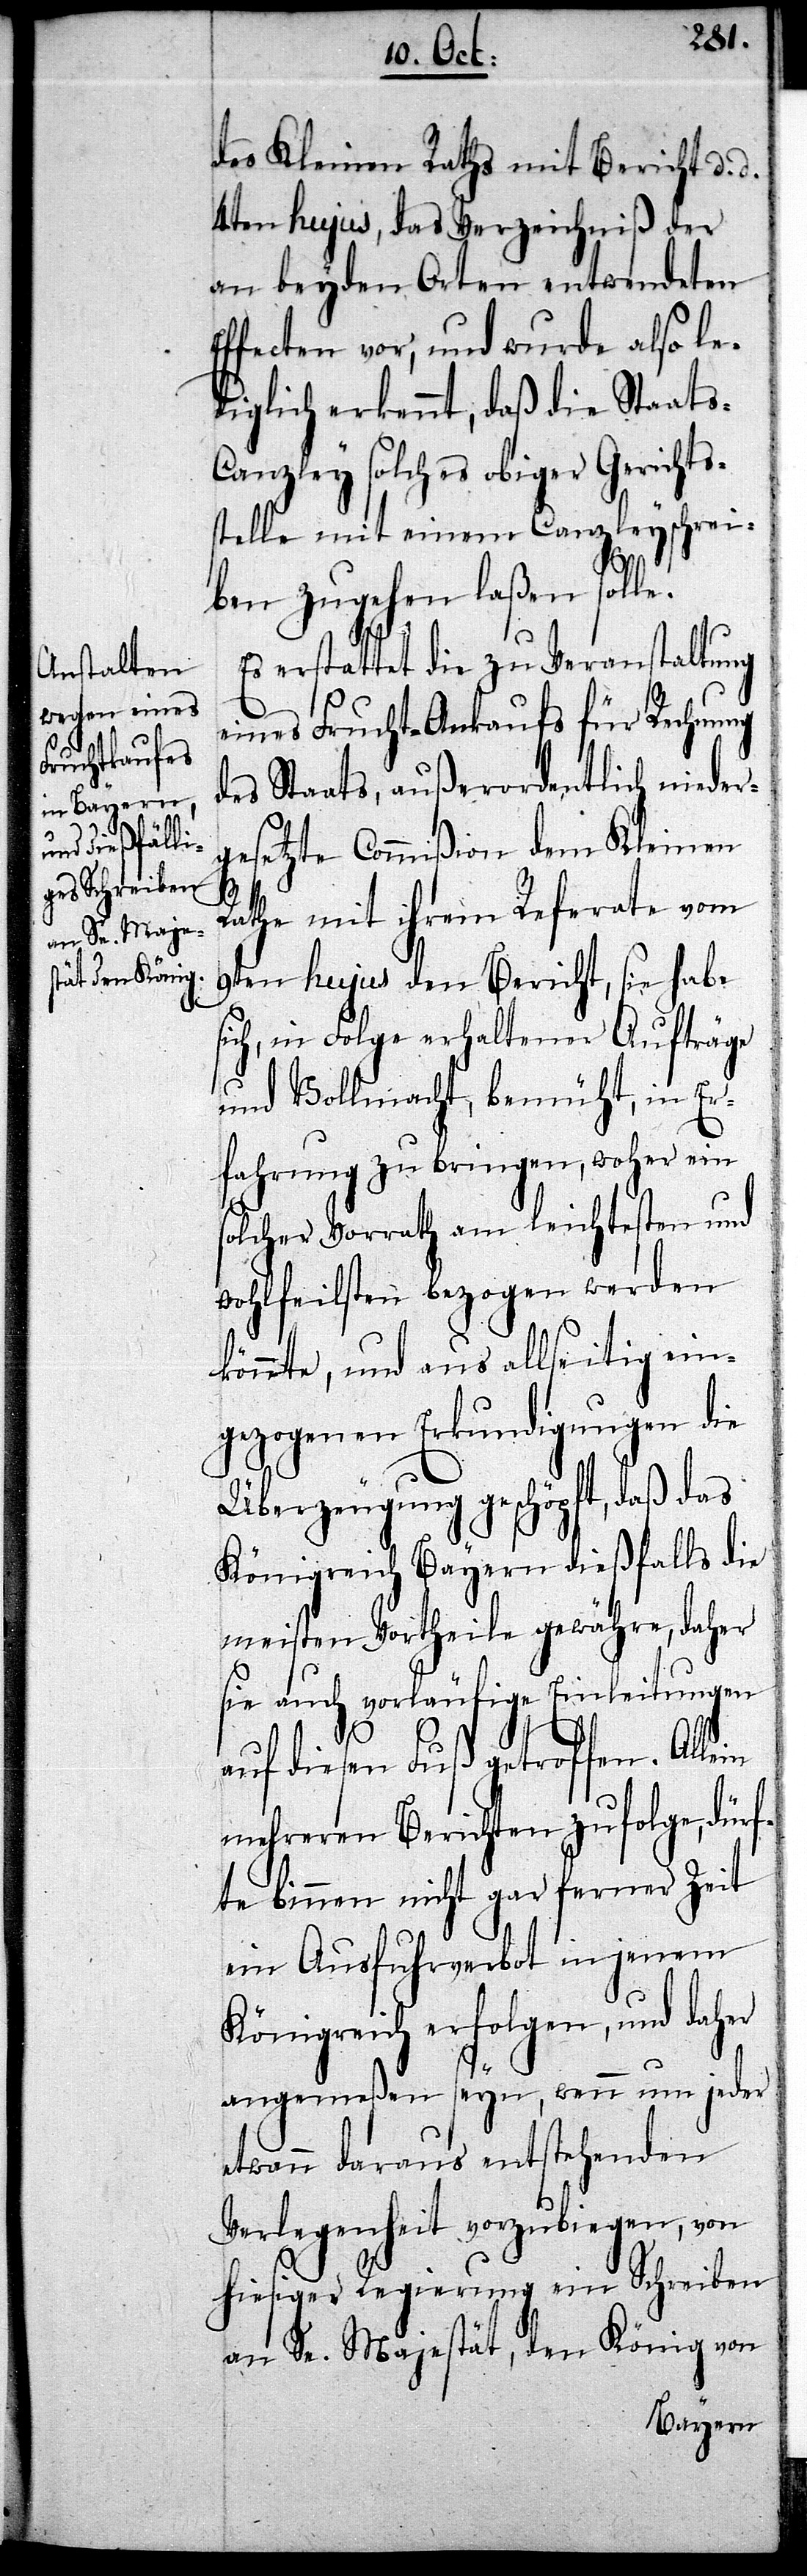
des Kleinen Raths mit Bericht d.
4ten hujus, das Verzeichniß der
an beyden Orten entwendeten
Effecten vor, und wurde also le¬
diglich erkennt, daß die Staat¬
s-Canzley solches obiger Gerichts¬
stelle mit einem Canzleyschrei¬
ben zugehen laßen solle.
Es erstattet die zu Veranstaltung
eines Frucht-Ankaufs für Rechnung
des Staats, außerordentlich nieder¬
gesetzte Commißion dem Kleinen
Rathe mit ihrem Referate vom
9ten hujus den Bericht, sie habe
sich, in Folge erhaltener Aufträge
und Vollmacht, bemüht, in Er¬
fahrung zu bringen, woher ein
solcher Vorrath am leichtesten und
wohlfeilsten bezogen werden
könnte, und aus allseitig ein¬
gezogenen Erkundigungen die
Überzeugung geschöpft, daß das
Königreich Bayern dießfalls die
meisten Vortheile gewähre, daher
sie auch vorläufige Einleitungen
auf diesen Fuß getroffen.
mehreren Berichten zufolge, dürf¬
te binnen nicht gar ferner Zeit
ein Ausfuhrverbot in jenem
Königreich erfolgen, und daher
angemeßen seyn, wenn um jeder
etwann daraus entstehenden
Verlegenheit vorzubiegen, von
hiesiger Regierung ein Schreiben
an Se. Majestät, den König von